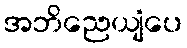
အဘိညေယျံပေ